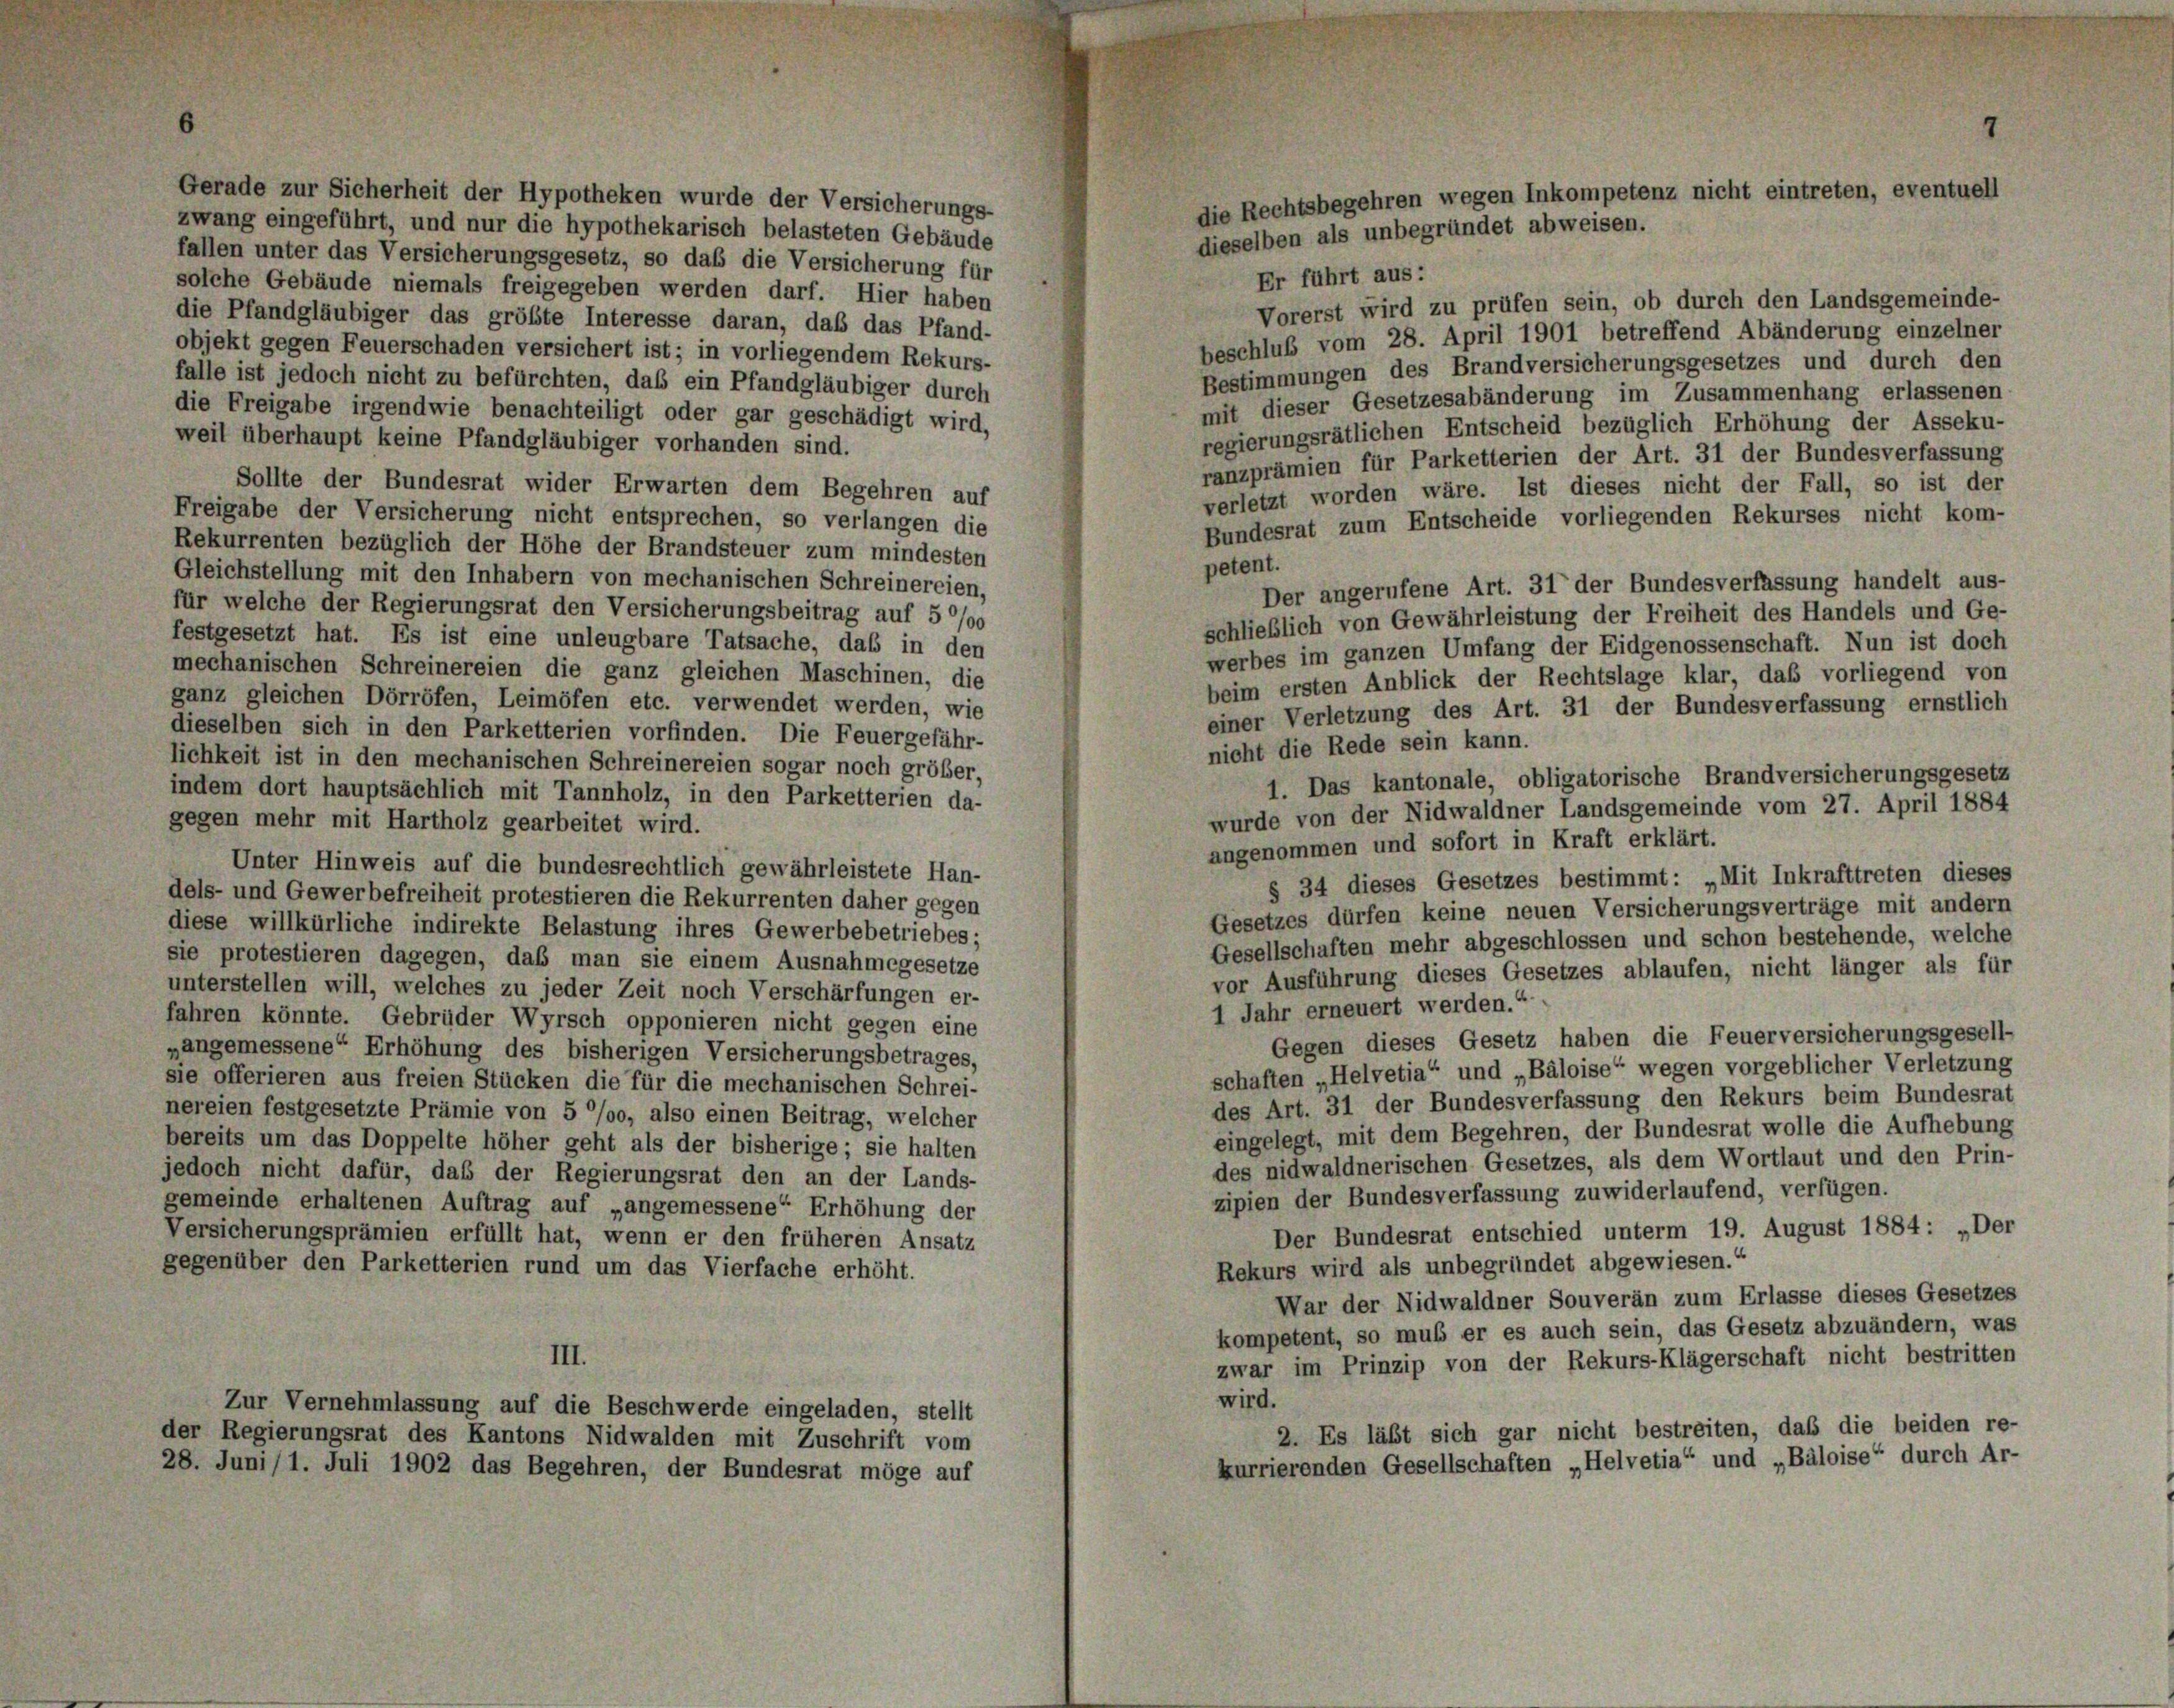
Gerade zur Sicherheit der Hypotheken wurde der Versicherungs-
zwang eingeführt, und nur die hypothekarisch belasteten Gebäude
fallen unter das Versicherungsgesetz, so das die Versicherung für
Er führt aus:
solche Gebäude niemals freigegeben werden darf. Hier haben
Vorerst wird zu prüfen sein, ob durch den Landsgemeinde-
die Pfandgläubiger das größte Interesse daran, daß das Pfand-
beschluß vom 28. April 1901 betreffend Abänderung einzelner
objekt gegen Feuerschaden versichert ist; in vorliegendem Rekurs-
Bestimmungen des Brandversicherungsgesetzes und durch den
falle ist jedoch nicht zu befürchten, daß ein Pfandgläubiger durch
mit dieser Gesetzesabänderung im Zusammenhang erlassenen
die Freigabe irgendwie benachteiligt oder gar geschädigt wird,
regierungsrätlichen Entscheid bezüglich Erhöhung der Asseku-
weil überhaupt keine Pfandgläubiger vorhanden sind.
ranzprämien für Parketterien der Art. 31 der Bundesverfassung
Sollte der Bundesrat wider Erwarten dem Begehren auf
verletzt worden wäre. Ist dieses nicht der Fall, so ist der
Freigabe der Versicherung nicht entsprechen, so verlangen die
Bundesrat zum Entscheide vorliegenden Rekurses nicht kom-
Rekurrenten bezüglich der Höhe der Brandsteuer zum mindesten
petent.
Gleichstellung mit den Inhabern von mechanischen Schreinereien,
Der angerufene Art. 31 der Bundesverfassung handelt aus-
für welche der Regierungsrat den Versicherungsbeitrag auf 5 °/00
schließlich von Gewährleistung der Freiheit des Handels und Ge-
festgesetzt hat. Es ist eine unleugbare Tatsache, daß in den
werbes im ganzen Umfang der Eidgenossenschaft. Nun ist doch
mechanischen Schreinereien die ganz gleichen Maschinen, die
beim ersten Anblick der Rechtslage klar, daß vorliegend von
ganz gleichen Dörröfen, Leimöfen etc. verwendet werden, wie
einer Verletzung des Art. 31 der Bundesverfassung ernstlich
dieselben sich in den Parketterien vorfinden. Die Feuergefähr-
nicht die Rede sein kann.
lichkeit ist in den mechanischen Schreinereien sogar noch größer,
1. Das kantonale, obligatorische Brandversicherungsgesetz
indem dort hauptsächlich mit Tannholz, in den Parketterien da-
wurde von der Nidwaldner Landsgemeinde vom 27. April 1884
gegen mehr mit Hartholz gearbeitet wird.
angenommen und sofort in Kraft erklärt.
Unter Hinweis auf die bundesrechtlich gewährleistete Han-
§ 34 dieses Gesetzes bestimmt: „Mit Inkrafttreten dieses
dels- und Gewerbefreiheit protestieren die Rekurrenten daher gegen
Gesetzes dürfen keine neuen Versicherungsverträge mit andern
diese willkürliche indirekte Belastung ihres Gewerbebetriebes;
Gesellschaften mehr abgeschlossen und schon bestehende, welche
sie protestieren dagegen, daß man sie einem Ausnahmegesetze
vor Ausführung dieses Gesetzes ablaufen, nicht länger als für
unterstellen will, welches zu jeder Zeit noch Verschärfungen er-
1 Jahr erneuert werden.“
fahren könnte. Gebrüder Wyrsch opponieren nicht gegen eine
Gegen dieses Gesetz haben die Feuerversicherungsgesell-
„angemessene Erhöhung des bisherigen Versicherungsbetrages,
schaften „Helvetia“ und „Bäloise“ wegen vorgeblicher Verletzung
sie offerieren aus freien Stücken die für die mechanischen Schrei-
des Art. 31 der Bundesverfassung den Rekurs beim Bundesrat
nereien festgesetzte Prämie von 5 °/o, also einen Beitrag, welcher
eingelegt, mit dem Begehren, der Bundesrat wolle die Aufhebung
bereits um das Doppelte höher geht als der bisherige; sie halten
des nidwaldnerischen Gesetzes, als dem Wortlaut und den Prin-
jedoch nicht dafür, das der Regierungsrat den an der Lands-
zipien der Bundesverfassung zuwiderlaufend, verfügen.
gemeinde erhaltenen Auftrag auf „angemessene Erhöhung der
Der Bundesrat entschied unterm 19. August 1884: „Der
Versicherungsprämien erfüllt hat, wenn er den früheren Ansatz
Rekurs wird als unbegründet abgewiesen.“
gegenüber den Parketterien rund um das Vierfache erhöht.
War der Nidwaldner Souverän zum Erlasse dieses Gesetzes
kompetent, so muß er es auch sein, das Gesetz abzuändern, was
III.
zwar im Prinzip von der Rekurs-Klägerschaft nicht bestritten
wird.
Zur Vernehmlassung auf die Beschwerde eingeladen, stellt
2. Es läßt sich gar nicht bestreiten, daß die beiden re-
der Regierungsrat des Kantons Nidwalden mit Zuschrift vom
kurrierenden Gesellschaften „Helvetia“ und „Bäloise“ durch Ar-
28. Juni/1. Juli 1902 das Begehren, der Bundesrat möge auf

7
die Rechtsbegehren wegen Inkompetenz nicht eintreten, eventuell
dieselben als unbegründet abweisen.